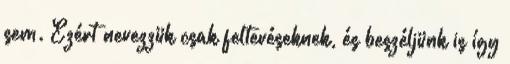
sem. Ezért nevezzük csak feltevéseknek, és beszéljünk is így